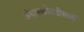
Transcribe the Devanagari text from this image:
अंधारकोठडीसार्खे